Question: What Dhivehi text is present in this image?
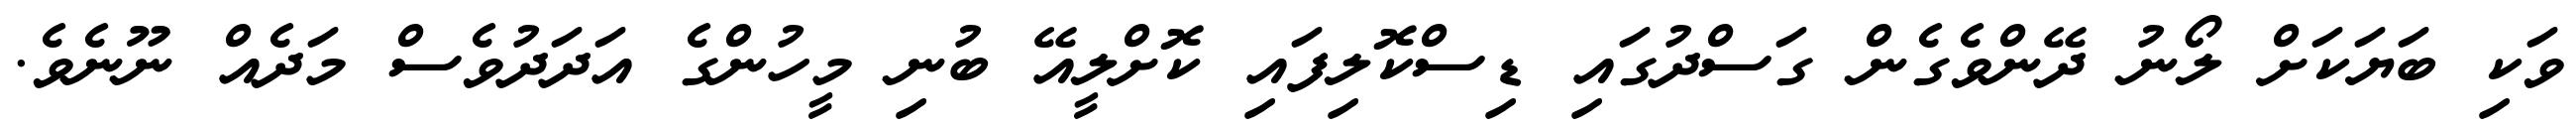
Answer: ވަކި ބަޔަކަށް ލޯނު ދޭންވެގެން ގަސްދުގައި ޑިސްކޮލިފައި ކޮށްލީއޭ ބުނި މީހުންގެ އަދަދުވެސް މަދެއް ނޫނެވެ.